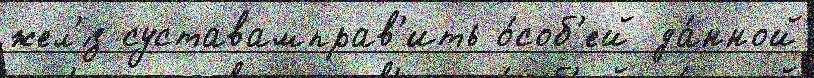
жел'́з суставамправ'ить о́соб'ей да́нной